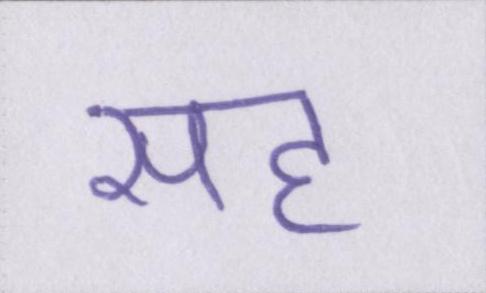
सह